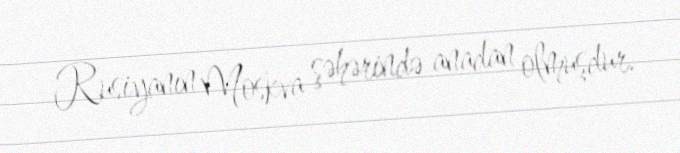
Rusiyanın Moskva şəhərində anadan olmuşdur.